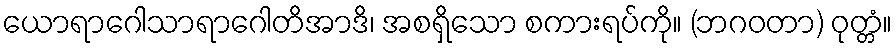
ယောရာဂေါသာရာဂေါတိအာဒိ၊ အစရှိသော စကားရပ်ကို။ (ဘဂဝတာ) ဝုတ္တံ။